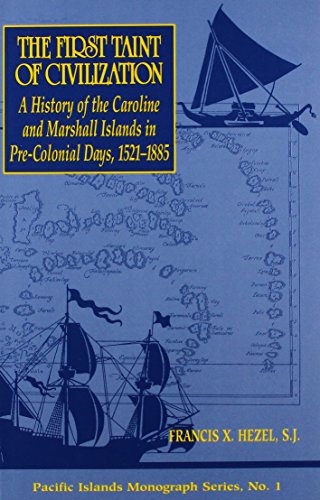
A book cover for First Taint of Civilization: A History of the Caroline and Marshall; Francis X. Hezel; History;